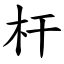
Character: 杆